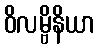
ဝိလမ္ဗိနိယာ